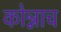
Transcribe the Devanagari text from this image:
कोन्नाच